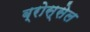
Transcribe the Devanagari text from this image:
ब्रोस्सेल